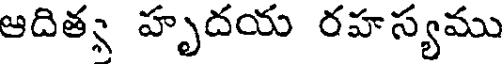
ఆదిత్స హృదయ రహస్యము